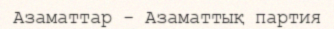
Азаматтар - Азаматтық партия